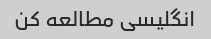
انگلیسی مطالعه کن